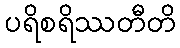
ပရိစရိဿတီတိ